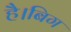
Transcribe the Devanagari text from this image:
है।बिग